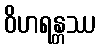
ဝိဟရန္တဿ